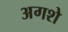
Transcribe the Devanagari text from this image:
अगशे